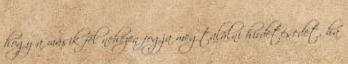
hogy a másik fél nehezen fogja megtalálni hirdetésedet, ha